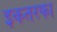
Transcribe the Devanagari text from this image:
इकतरफा